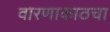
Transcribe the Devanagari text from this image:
वारणाकाठचा